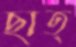
ছাত্